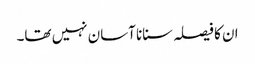
ان کا فیصلہ سنانا آسان نہیں تھا۔